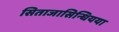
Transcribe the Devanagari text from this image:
सिताजासिन्धियया